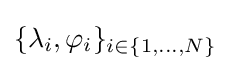
\{\lambda _{i},\varphi _{i}\}_{i\in \{1,\ldots ,N\}}